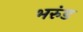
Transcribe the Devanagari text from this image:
भरुंड